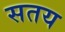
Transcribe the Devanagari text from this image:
सतय